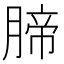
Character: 腣